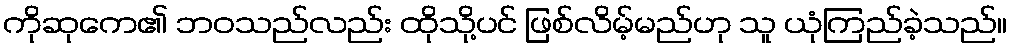
ကိုဆုကေ၏ ဘဝသည်လည်း ထိုသို့ပင် ဖြစ်လိမ့်မည်ဟု သူ ယုံကြည်ခဲ့သည်။